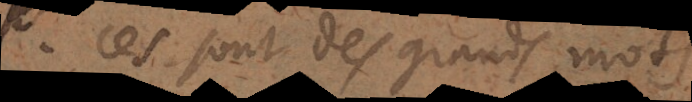
il Ces sont des grands mots,